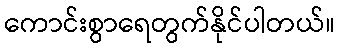
ကောင်းစွာရေတွက်နိုင်ပါတယ်။